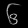
Digit: ၆